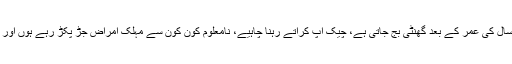
"میاں چالیس سال کی عمر کے بعد گھنٹی بج جاتی ہے، چیک اپ کراتے رہنا چاہیے، نامعلوم کون کون سے مہلک امراض جڑ پکڑ رہے ہوں اور کسی دن بھی۔